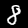
Digit: 8